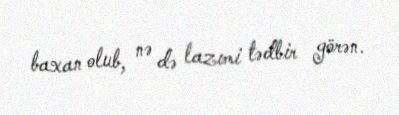
baxan olub, nə də lazımi tədbir görən.